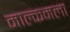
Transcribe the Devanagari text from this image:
माल्कमला